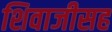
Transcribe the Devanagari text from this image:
शिवाजीसह